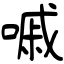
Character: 嘁